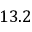
1 3 . 2